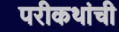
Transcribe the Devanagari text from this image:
परीकथांची